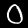
Label: 0